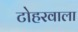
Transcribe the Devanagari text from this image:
टोहरवाला